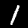
Label: 1